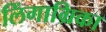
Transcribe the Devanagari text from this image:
लिंगाग्रिका